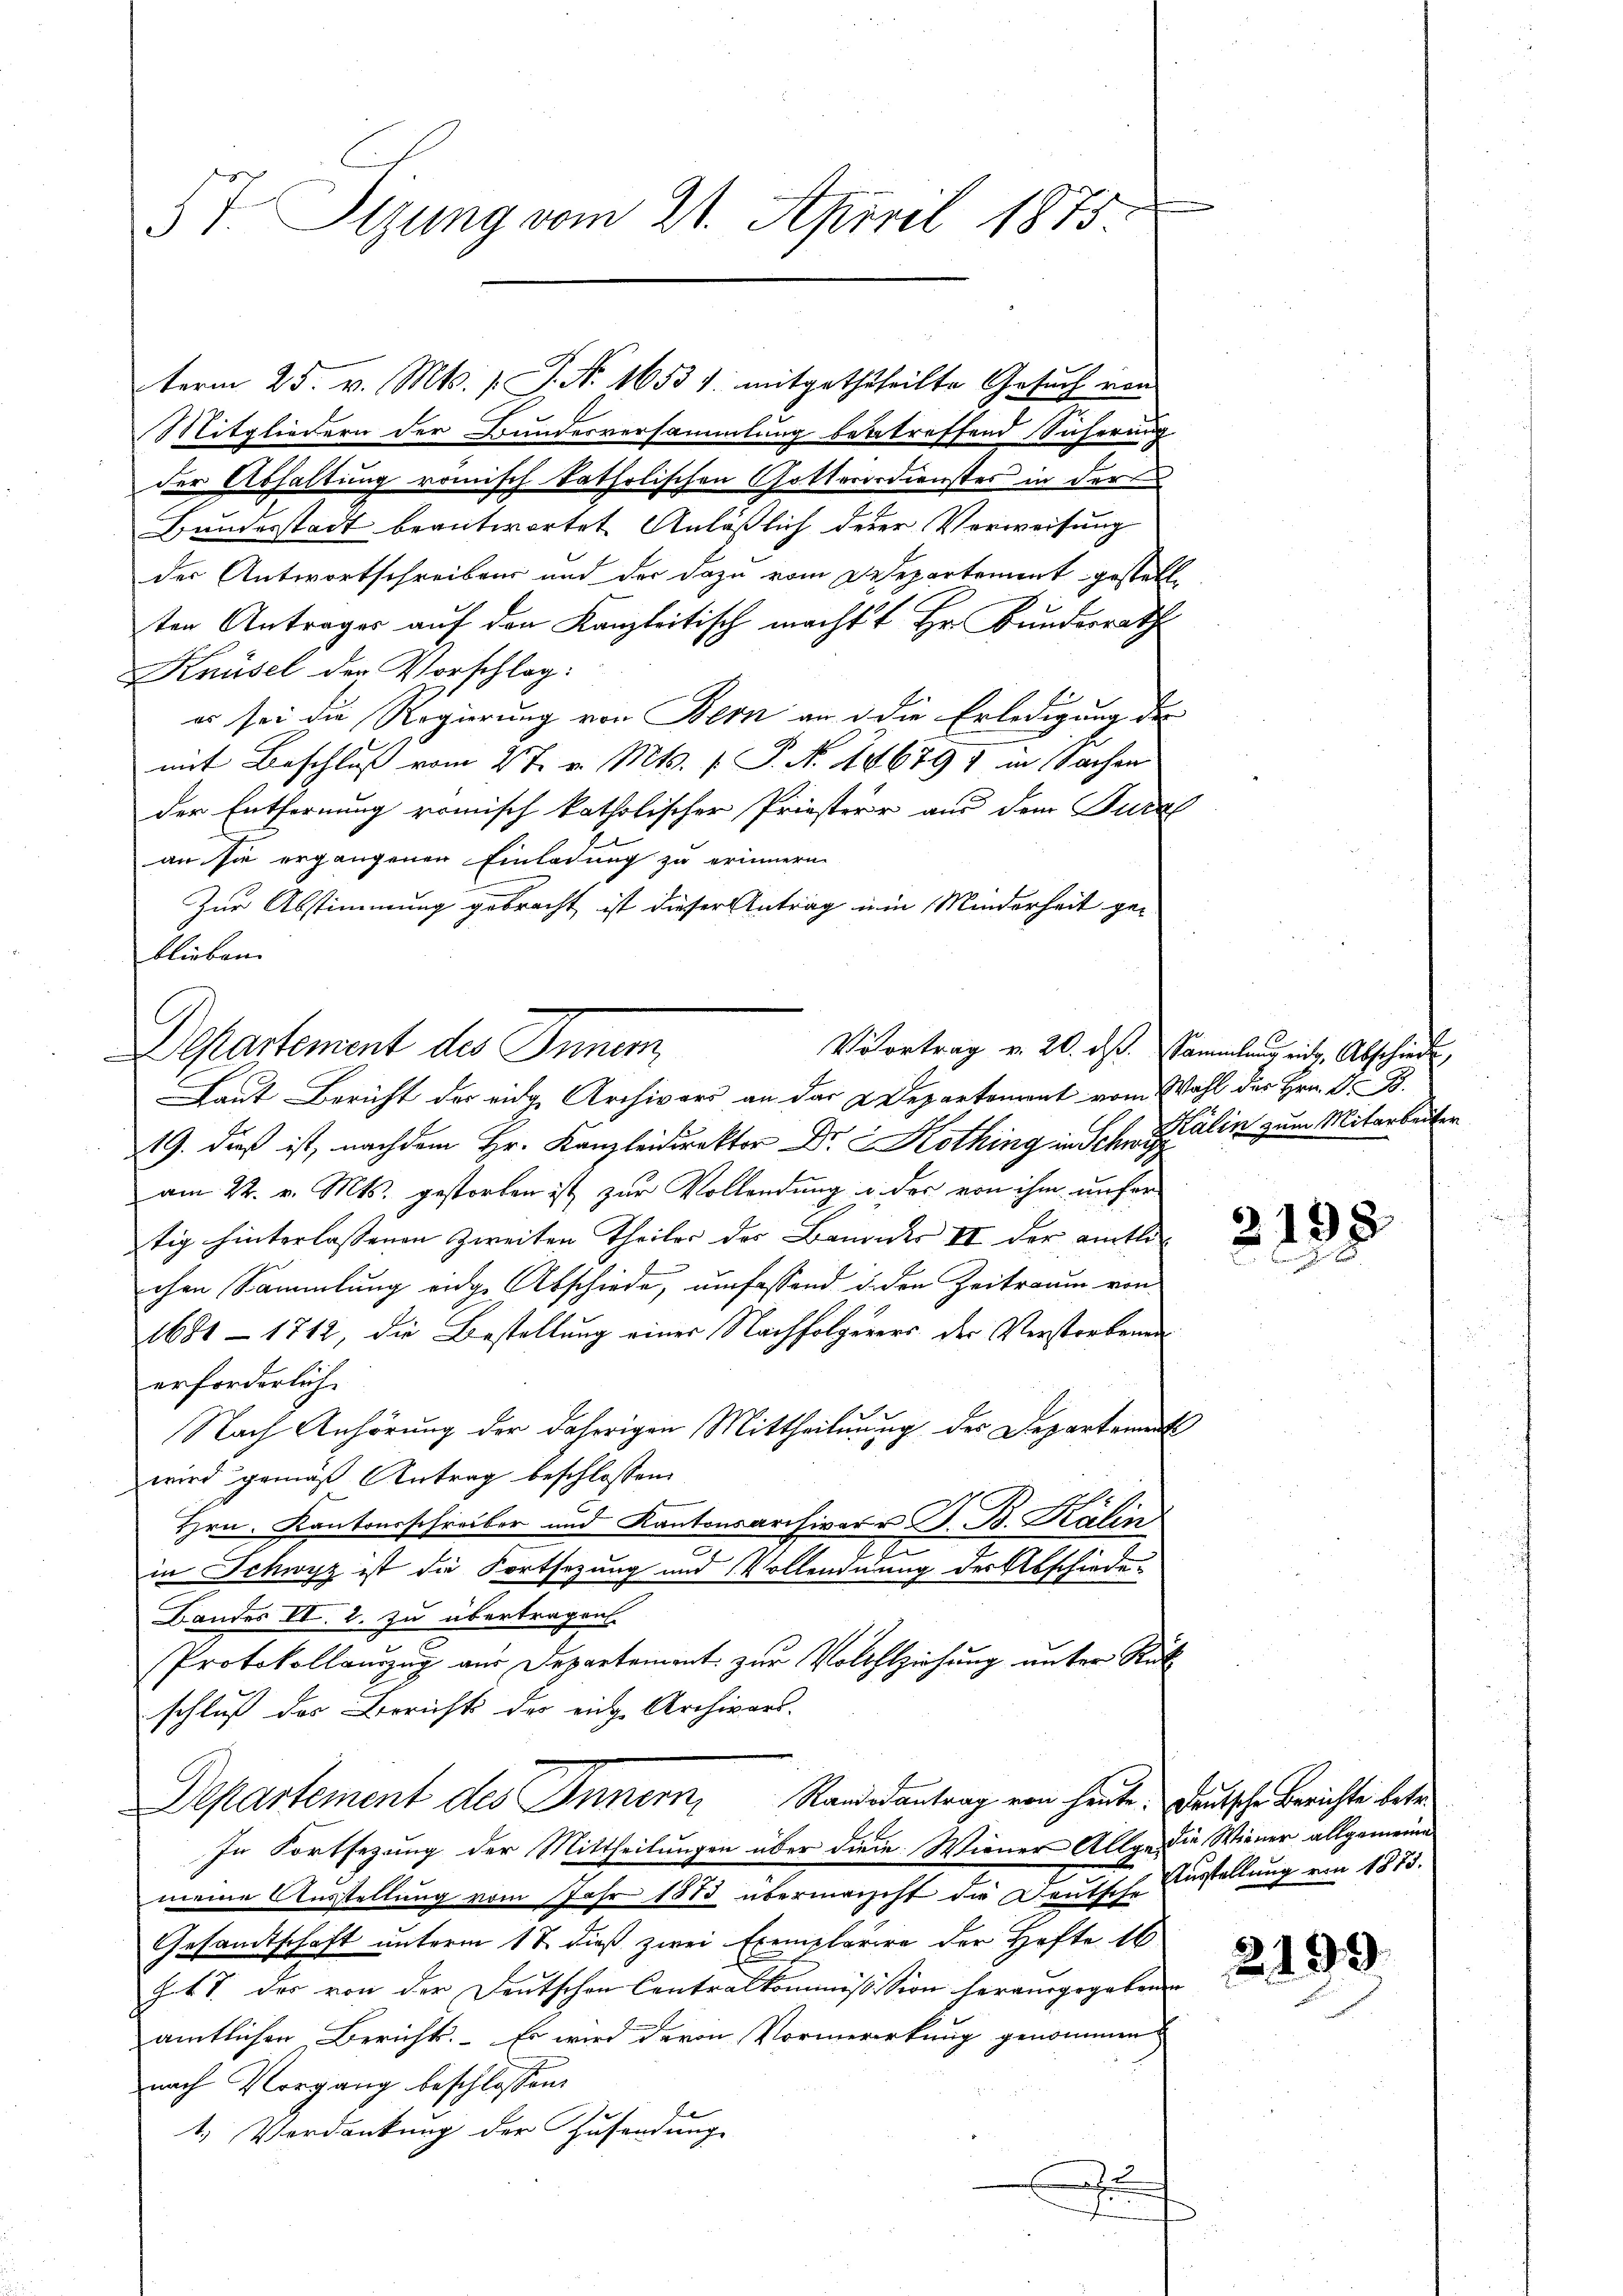
57. Sigung vom 21. April 1875.

Mitgliedern der Bundesversammlung betreffend Sicherung
der Abhaltung römisch katholischen Gotterordienstes in der
Bundesstadt beantwortet Anläßlich derer Verweisung
der Antwortschreibens und der dazu vom Desepartement gestelle
ten Antrages auf den Kanzleitisch macht Hr. Bundesrath
Knüsel der Vorschlag:
er sei die Regierung von Bern an die Erledigung der
mit Beschluß vom 2 t v. Mts. f. P. N. 106797 in Sachen
der Entfernung römisch katholischer Priesteur aus dem Turbe
an sie ergangenen Einladung zu erinnern.
Zur Abstimmung gebracht ist dieser Antrag ein Minderheit ge-
blieben.
Departement des Inner
Laut Bericht der eidg. Archivars an das Deparkoment vom Wahl des Hrn. F. B.
219. dieß ist, nachdem Hr. Kanzleidirektor Dr. Kothing in Schwyz ain zum Mitarbeiter
am 22. v. Mts. gestorben ist zur Vollendung u. der von ihm unser
tig hinterlassenen Zweiten Theiler des Bandes II der amtli
chen Sammlung eidge Abschiede, umfassend in den Zeitraum von
1681 - 1712, die Bestellung einer Nachfolgerers der Verstorbenen
erforderlich.
Nach Anhörung der daherigen Mittheilung des Departement
wird gemäß Antrag beschlossen:
Hrn. Kantonsschreiber und Kantonsarchiver v. J. B. Kälin
e
in Schwyz ist die Fortsezung und Vollendnung der Abschiede¬
Bandes II. 2. zu übertragen.
Protokollauszug aus Departement zur Vollziehung unter Rück
schluß des Bericht der einge Archivars.
Randosantrag von heute. Deutsche Berichte betre
Departement des Innern,
In Fortsezung der Mittheilungen über diene Wiener Allge die Wiener allgemeine
meine Ausstellung vom Jahr 1873 übermacht die Deutschustellung von 1875.
Gesandtschaft unterm 17. dieß zwei Exemplarire der Hofte 16
J. 17. der von der Deutschen Contralkommissission herausgegebenen
amtlichen Bericht. Es wird davon Vormerirkung genommen,
nach Vorgang beschlossen:
1.) Verdankung der Zusendung

term 25. v. Mts. 1. P. Nr. 1653 f. mitgeththeilte Gesuch von

Vortrag v. 20. d. Sammlung ein. Abschiede

2198

2199